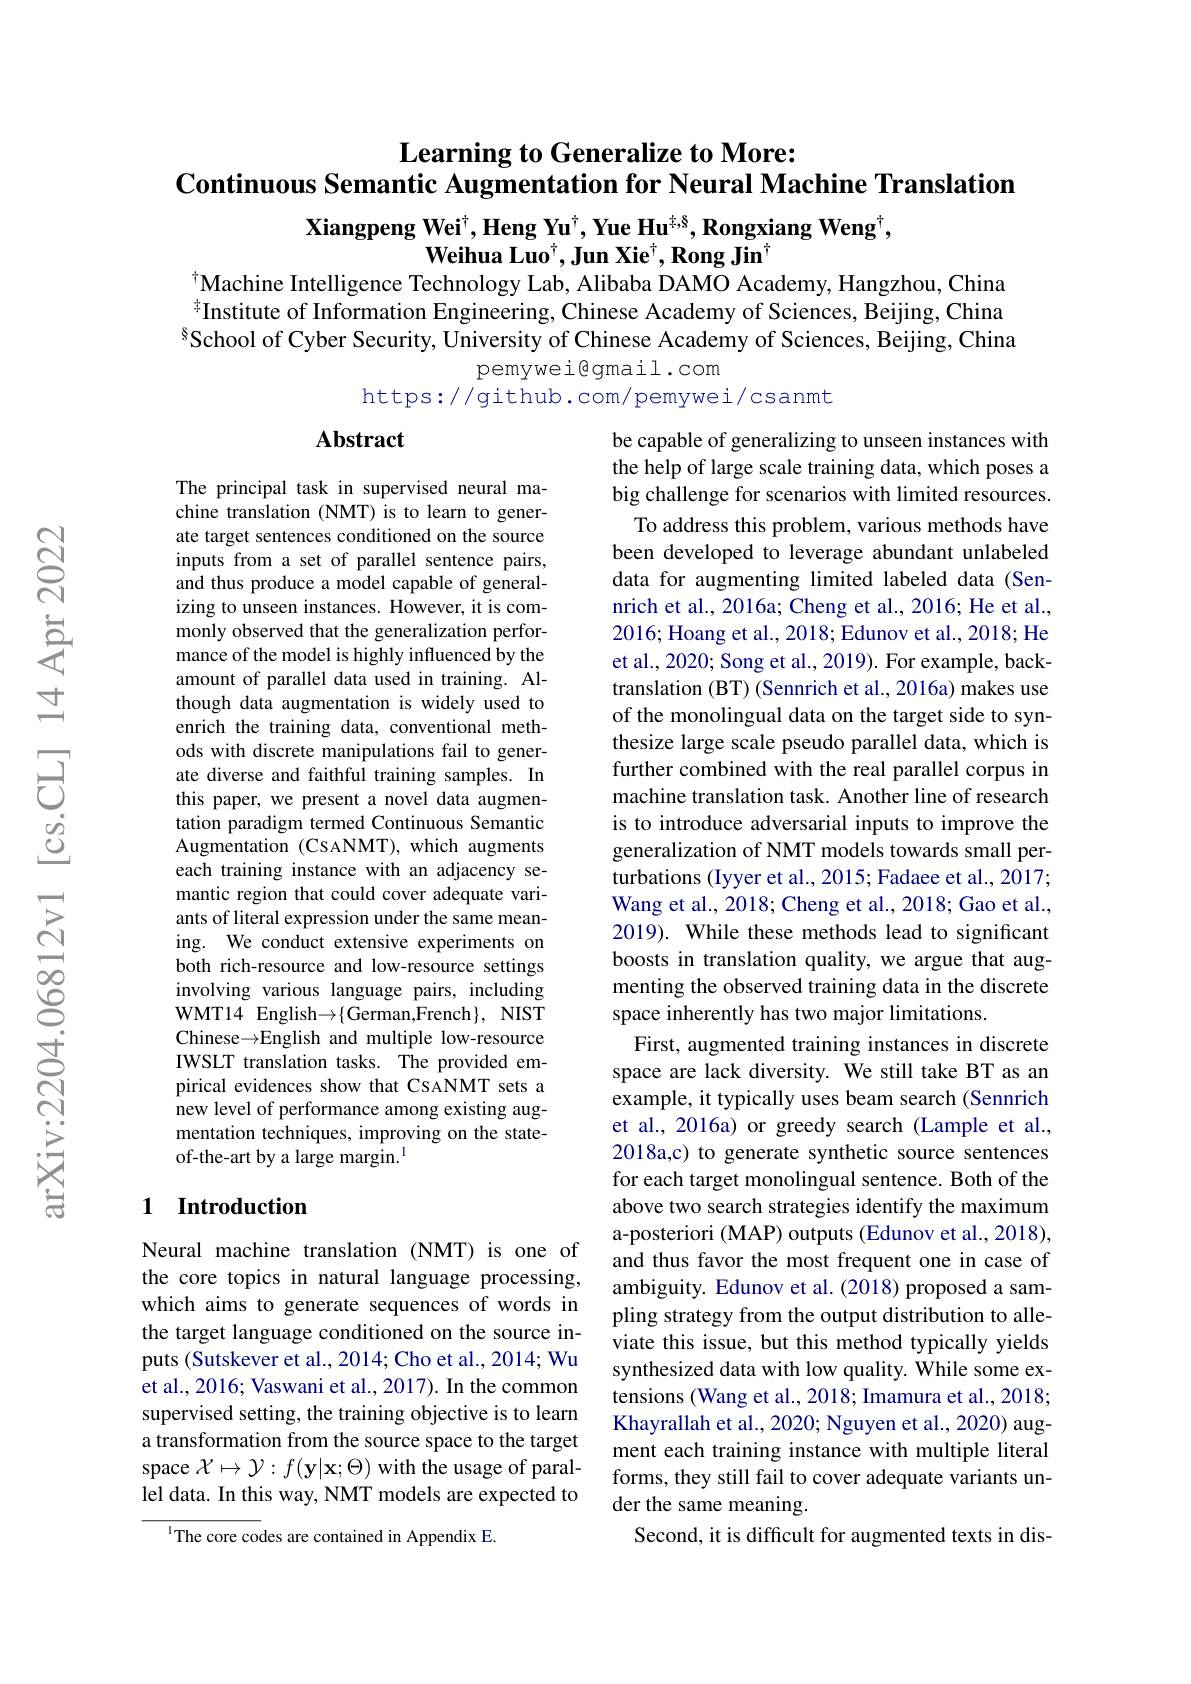
# Learning to Generalize to More: Continuous Semantic Augmentation for Neural Machine Translation

Xiangpeng Wei$^\dagger,\textbf{Heng Yu}^\dagger,\textbf{Yue Hu}^{\dagger,8},\textbf{Rongxiang Weng}^\dagger$,
$\textbf{Weihua Luo}^{\dagger},\textbf{Jun Xie}^{\dagger},\textbf{Rong Jin}^{\dagger}$
$^{\dagger}$Machine Intelligence Technology Lab, Alibaba DAMO Academy, Hangzhou, China

$\bar{\text{年Institute of Information Engineering,Chinese Academy of Sciences, Beijing, China}}$ $^{8}$School of Cyber Security, University of Chinese Academy of Sciences, Beijing, China
pemyweigmail.com
https://github.com/pemywei/csanmt

### $\mathbf{Abstract}$

The principal task in supervised neural machine translation (NMT) is to learn to generate target sentences conditioned on the source inputs from a set of parallel sentence pairs, and thus produce a model capable of generalizing to unseen instances. However, it is commonly observed that the generalization performance of the model is highly influenced by the amount of parallel data used in training. Although data augmentation is widely used to enrich the training data, conventional methods with discrete manipulations fail to generate diverse and faithful training samples. In this paper, we present a novel data augmentation paradigm termed Continuous Semantic Augmentation (CSANMT), which augments each training instance with an adjacency semantic region that could cover adequate variants of literal expression under the same meaning. We conduct extensive experiments on both rich-resource and low-resource settings involving various language pairs, including WMT14 English$\to\{$German,French$\} $, NIST Chinese$\to$English and multiple low-resource IWSLT translation tasks. The provided empirical evidences show that CSANMT sets a new level of performance among existing augmentation techniques, improving on the stateof-the-art by a large margin.$^{\mathrm{l}}$

be capable of generalizing to unseen instances with the help of large scale training data, which poses a big challenge for scenarios with limited resources. To address this problem, various methods have been developed to leverage abundant unlabeled data for augmenting limited labeled data (Sennrich et al., 2016a; Cheng et al., 2016; He et al., 2016; Hoang et al., 2018; Edunov et al., 2018; He et al., 2020; Song et al., 2019). For example, backtranslation (BT) (Sennrich et al., 2016a) makes use of the monolingual data on the target side to synthesize large scale pseudo parallel data, which is further combined with the real parallel corpus in machine translation task. Another line of research is to introduce adversarial inputs to improve the generalization of NMT models towards small perturbations (Iyyer et al., 2015; Fadaee et al., 2017; Wang et al., 2018; Cheng et al., 2018; Gao et al., 2019). While these methods lead to significant boosts in translation quality, we argue that augmenting the observed training data in the discrete space inherently has two major limitations.
First, augmented training instances in discrete space are lack diversity. We still take BT as an example, it typically uses beam search (Sennrich et al., 2016a) or greedy search (Lample et al., 2018a,c) to generate synthetic source sentences for each target monolingual sentence. Both of the above two search strategies identify the maximum a-posteriori (MAP) outputs (Edunov et al., 2018), and thus favor the most frequent one in case of ambiguity. Edunov et al.(2018) proposed a sampling strategy from the output distribution to alleviate this issue, but this method typically yields synthesized data with low quality. While some extensions (Wang et al., 2018; Imamura et al., 2018; Khayrallah et al., 2020; Nguyen et al., 2020) augment each training instance with multiple literal forms, they still fail to cover adequate variants under the same meaning.
Second, it is difficult for augmented texts in dis-

### 1 Introduction

Neural machine translation (NMT) is one of the core topics in natural language processing, which aims to generate sequences of words in the target language conditioned on the source inputs (Sutskever et al., 2014; Cho et al., 2014; Wu et al., 2016; Vaswani et al., 2017). In the common supervised setting, the training objective is to learn a transformation from the source space to the target space $\mathcal{X}\mapsto\mathcal{Y}:f(\mathbf{y}|\mathbf{x};\Theta)$ with the usage of parallel data. In this way, NMT models are expected to

$^{1}$The core codes are contained in Appendix E.